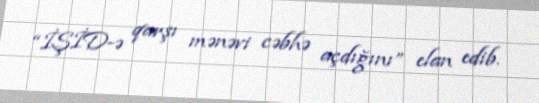
“İŞİD-ə qarşı mənəvi cəbhə açdığını” elan edib.